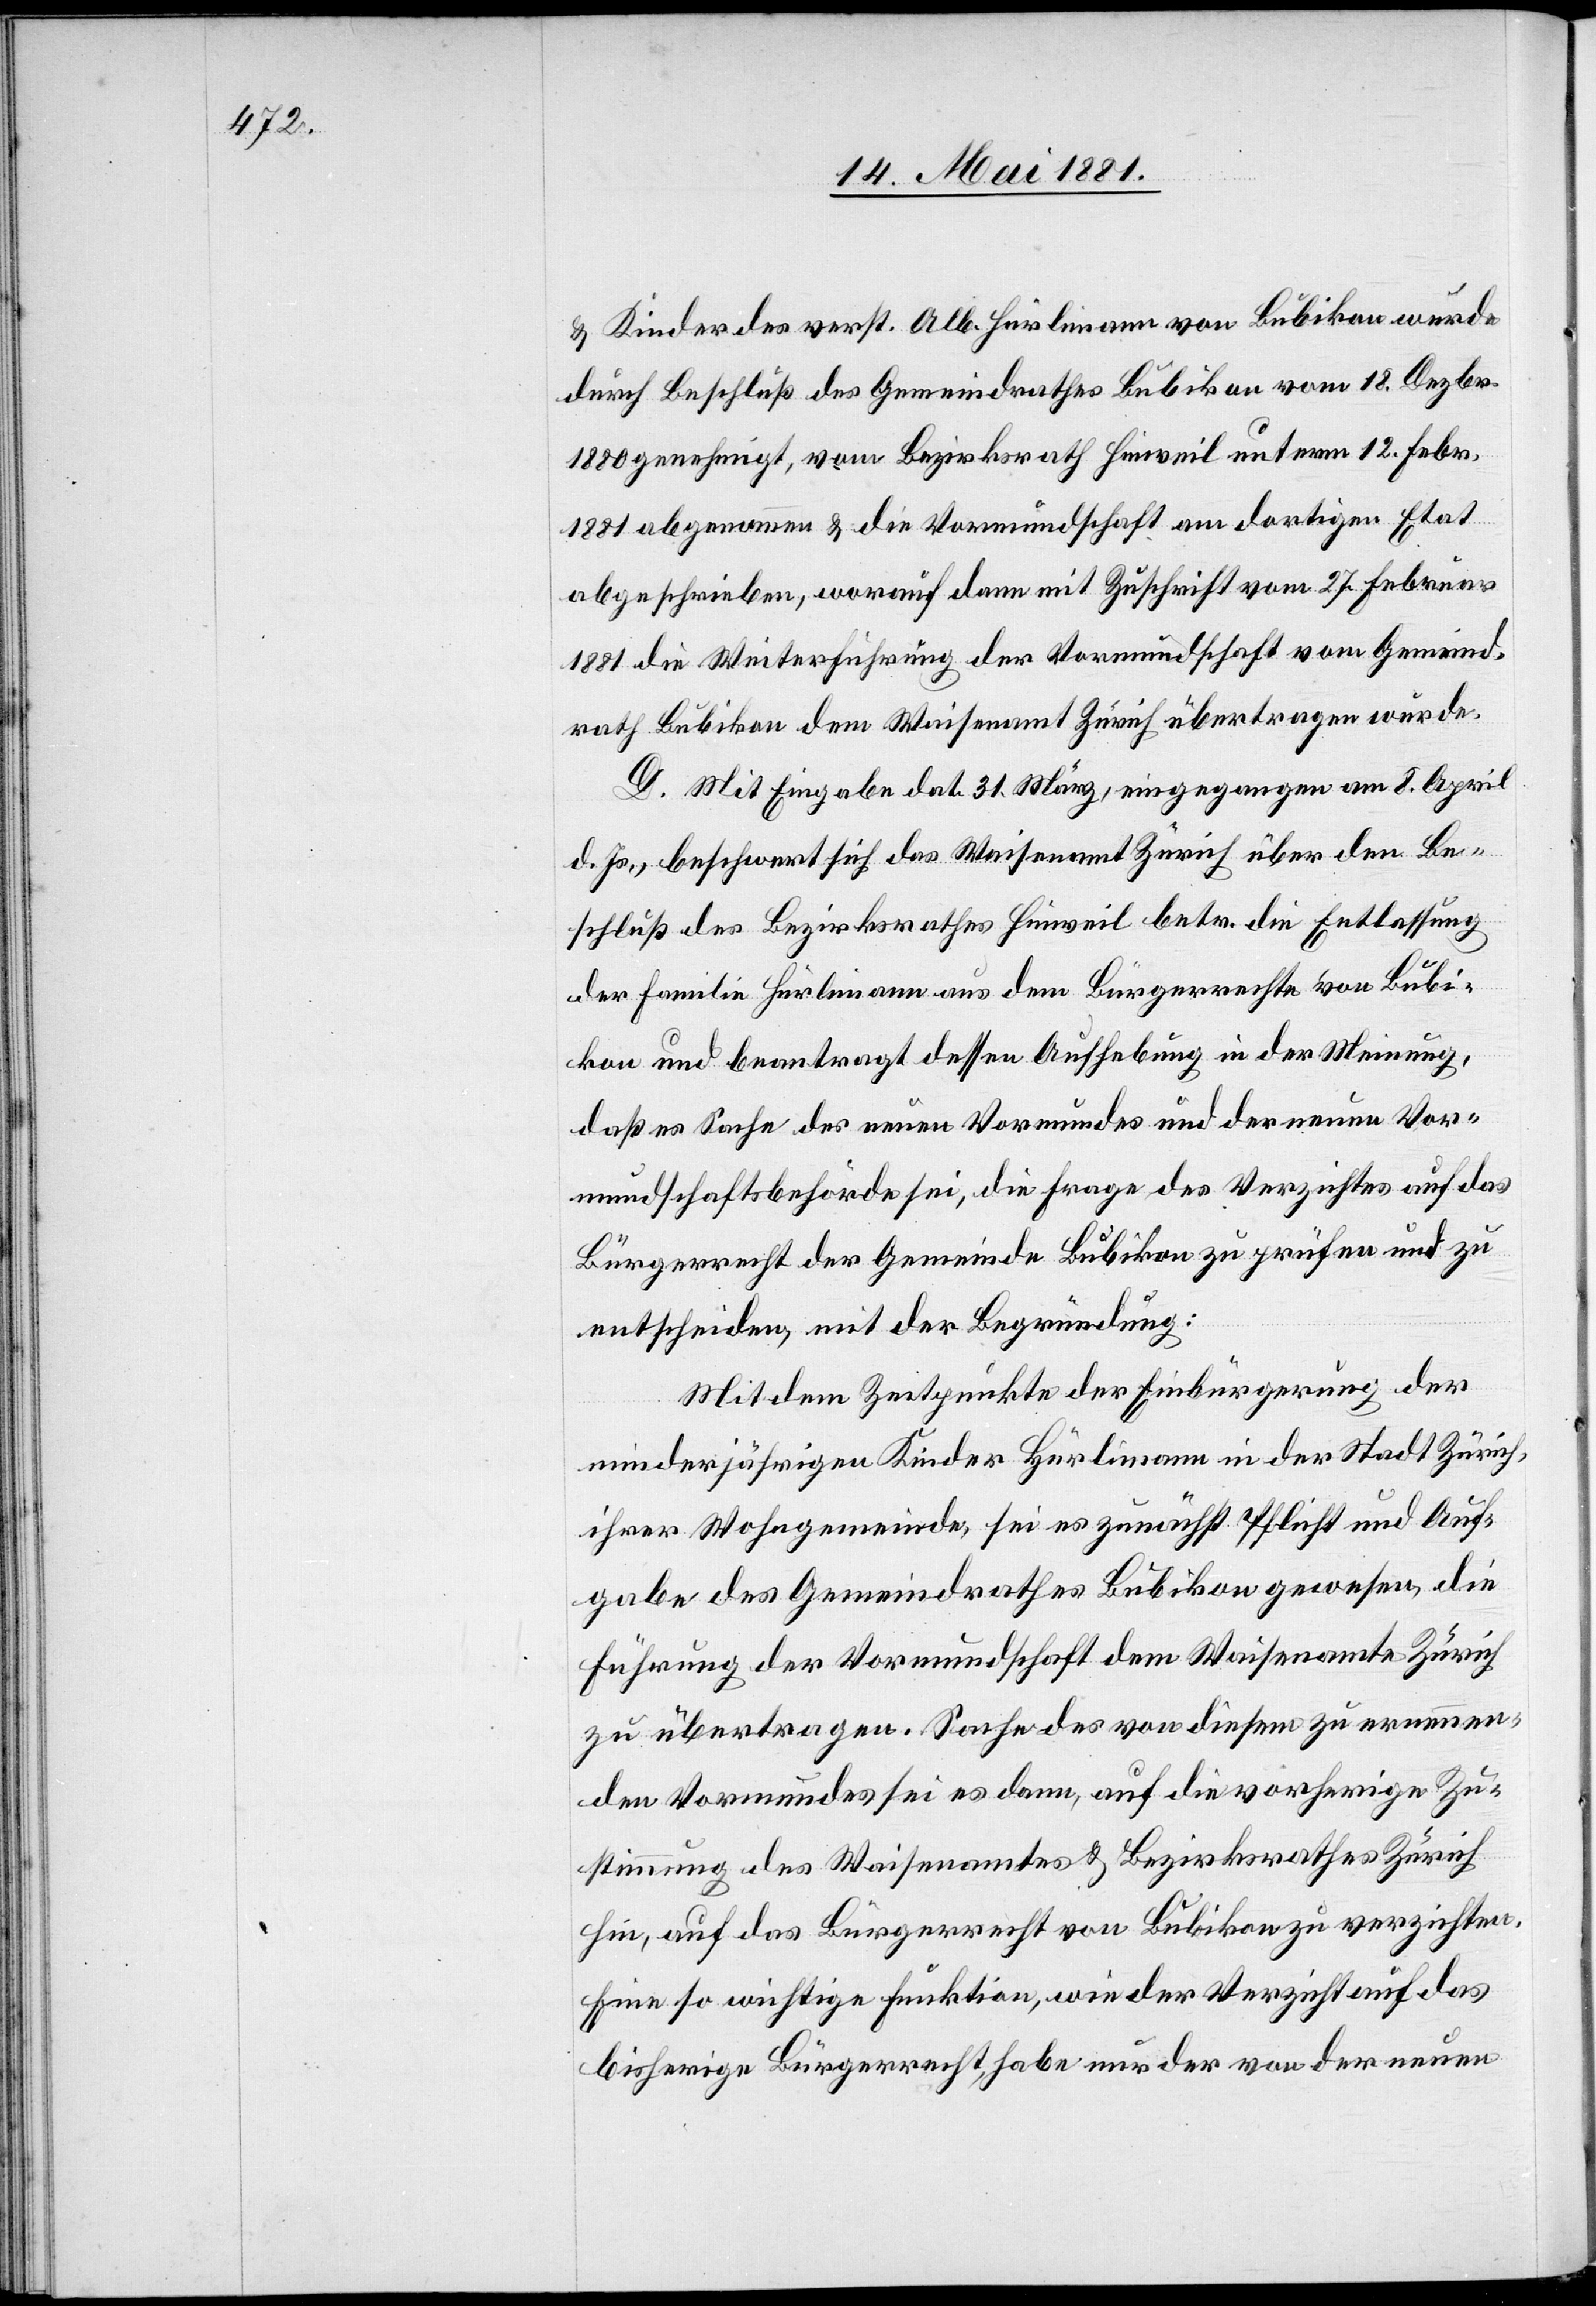
& Kinder des verst. Alb. Hürlimann von Bubikon wurde
durch Beschluß des Gemeindrathes Bubikon vom 18. Dezbr.
1880 genehmigt, vom Bezirksrath Hinweil unterm 12. Febr.
1881 abgenommen & die Vormundschaft am dortigen Etat
abgeschrieben, worauf dann mit Zuschrift vom 27. Februar
1880 die Weiterführung der Vormundschaft vom Gemeind¬
rath Bubikon dem Waisenamt Zürich übertragen wurde.
D. Mit Eingabe dat. 31. März, eingegangen am 8. April
d. Js., beschwert sich das Waisenamt Zürich über den Be¬
schluß des Bezirksrathes Hinweil betr. die Entlassung
der Familie Hürlimann aus dem Bürgerrechte von Bubi¬
kon und beantragt dessen Aufhebung in der Meinung,
daß es Sache des neuen Vormundes und der neuen Vor¬
mundschaftsbehörde sei, die Frage des Verzichtes auf das
Bürgerrecht der Gemeinde Bubikon zu prüfen und zu
entscheiden, mit der Begründung:
Mit dem Zeitpunkte der Einbürgerung der
minderjährigen Kinder Hürlimann in der Stadt Zürich,
ihrer Wohngemeinde, sei es zunächst Pflicht und Auf¬
gabe des Gemeindrathes Bubikon gewesen, die
Führung der Vormundschaft dem Waisenamte Zürich
zu übertragen. Sache des von diesem zu ernennen¬
den Vormundes sei es dann, auf die vorherige Zu¬
stimmung des Waisenamtes & Bezirksrathes Zürich
hin, auf das Bürgerrecht von Bubikon zu verzichten.
Eine so wichtige Funktion, wie der Verzicht auf das
bisherige Bürgerrecht, habe nur der von der neuen